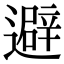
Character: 避